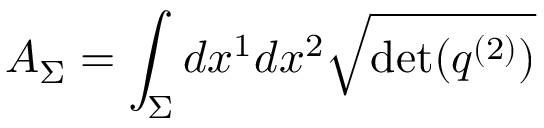
A _ { \Sigma } = \int _ { \Sigma } d x ^ { 1 } d x ^ { 2 } { \sqrt { \operatorname* { d e t } ( q ^ { ( 2 ) } ) } }